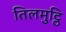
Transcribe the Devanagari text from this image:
तिलमुट्ठि